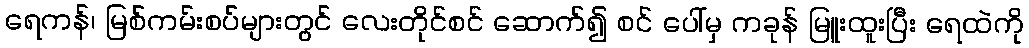
ရေကန်၊ မြစ်ကမ်းစပ်များတွင် လေးတိုင်စင် ဆောက်၍ စင် ပေါ်မှ ကခုန် မြူးထူးပြီး ရေထဲကို